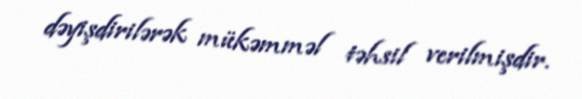
dəyişdirilərək mükəmməl təhsil verilmişdir.